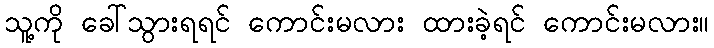
သူ့ကို ခေါ်သွားရရင် ကောင်းမလား ထားခဲ့ရင် ကောင်းမလား။